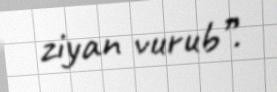
ziyan vurub”.